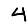
Digit: 4